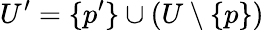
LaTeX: U^{\prime}=\{ p^{\prime}\} \cup(U\setminus\{ p\} )